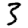
Digit: 3